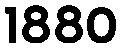
1880